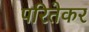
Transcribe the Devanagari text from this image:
परितेकर